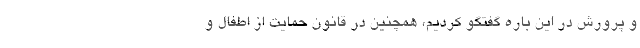
و پرورش در این باره گفتگو کردیم، همچنین در قانون حمایت از اطفال و